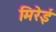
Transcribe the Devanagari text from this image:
मिरेई